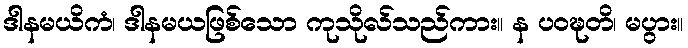
ဒါနမယိကံ၊ ဒါနမယဖြစ်သော ကုသိုလ်သည်ကား။ န ပဝဍ္ဎတိ၊ မပွား။